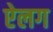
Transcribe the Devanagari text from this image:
ऐलग